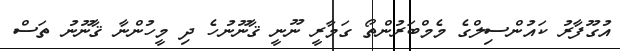
އުގޫފާރު ކައުންސިލްގެ މެމްބަރުންތޯ ގަމާރީ ނޫނީ ޤާނޫނުހެ ދި މީހުންނާ ޤާނޫނު ތަސް